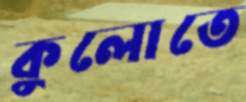
কুলোতে